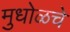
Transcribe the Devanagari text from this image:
मुधोळचे